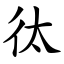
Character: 㣖